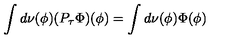
\int d \nu ( \phi ) ( P _ { \tau } \Phi ) ( \phi ) = \int d \nu ( \phi ) \Phi ( \phi )